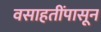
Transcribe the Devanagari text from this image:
वसाहतींपासून